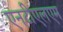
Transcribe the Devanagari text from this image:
एनटीएलएम